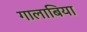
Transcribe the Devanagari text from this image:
गालाबिया